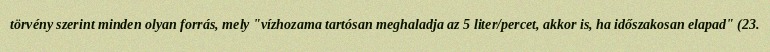
törvény szerint minden olyan forrás, mely "vízhozama tartósan meghaladja az 5 liter/percet, akkor is, ha időszakosan elapad" (23.